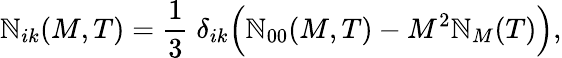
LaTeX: \mathbb{N}_{ik}(M,T)=\frac{{1}}{{3}}\; \delta_{ik}\Big(\mathbb{N}_{00}(M,T)-M^{2}{\cal\mathbb{N}}_{M}(T)\Big),